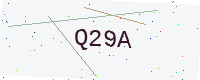
Text: Q29A